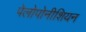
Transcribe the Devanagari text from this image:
पेलोपोनीशियन